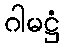
ဂါမဋ္ဌံ